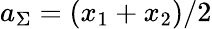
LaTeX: a_{\Sigma}=(x_{1}+x_{2})/2